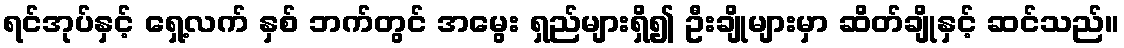
ရင်အုပ်နှင့် ရှေ့လက် နှစ် ဘက်တွင် အမွေး ရှည်များရှိ၍ ဦးချိုများမှာ ဆိတ်ချိုနှင့် ဆင်သည်။